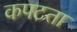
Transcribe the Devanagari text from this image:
कपटता